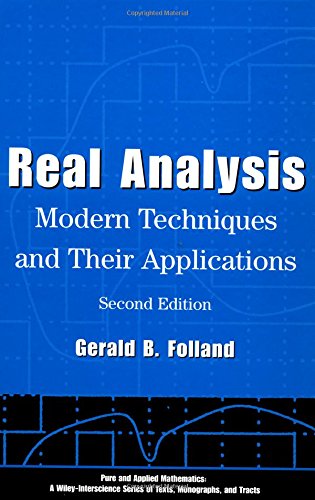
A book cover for Real Analysis: Modern Techniques and Their Applications; Gerald B. Folland; Science & Math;